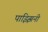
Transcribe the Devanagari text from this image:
पाझ्झिनी